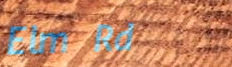
Elm Rd